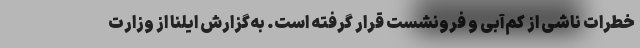
خطرات ناشی از کم‌آبی و فرونشست قرار گرفته است. به‌گزارش ایلنا از وزارت